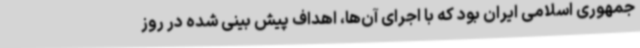
جمهوری اسلامی ایران بود که با اجرای آن‌ها، اهداف پیش بینی شده در روز